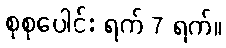
စုစုပေါင်း ရက် 7 ရက်။